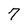
Character: 7